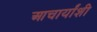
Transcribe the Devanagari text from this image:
आचार्यांशी